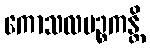
ကောသလပဉ္စကန္တိ